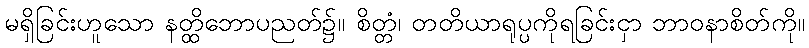
မရှိခြင်းဟူသော နတ္ထိဘောပညတ်၌။ စိတ္တံ၊ တတိယာရုပ္ပကိုရခြင်းငှာ ဘာဝနာစိတ်ကို။